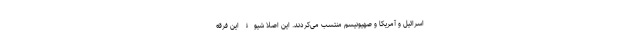
اسرائیل و آمریکا و صهیونیسم منتسب می‌کردند. این اصلاً شیوۀ این فرقه